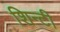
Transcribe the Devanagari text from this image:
शिन्टी